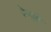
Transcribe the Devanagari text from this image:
रेन्ज़ो